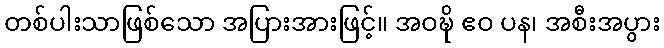
တစ်ပါးသာဖြစ်သော အပြားအားဖြင့်။ အဝဍ္ဎိ ဧဝ ပန၊ အစီးအပွား